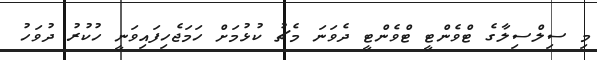
މި ސިލްސިލާގެ ޓްވެންޓީ ޓްވެންޓީ ދެވަނަ މެޗު ކުޅުމަށް ހަމަޖެހިފައިވަނީ ހުކުރު ދުވަހު